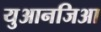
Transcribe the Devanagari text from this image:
युआनजिआ